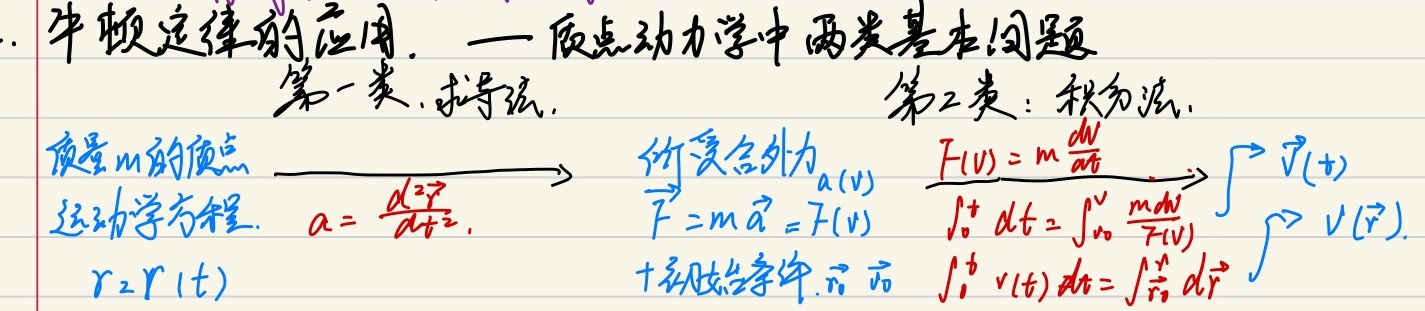
### 牛顿定律的应用——质点动力学中两类基本问题
1. **第一类：求导法**
2. **第二类：积分法**
质量 \(m\) 的质点运动学方程，\(a = \frac{d^{2}\vec{r}}{dt^{2}}\)，\(r = r(t)\)，所受合外力 \(a(v)\)，\(\vec{F}=m\vec{a}=F(v)\)，\(F(v)=m\frac{dv}{dt}\)。
\(\int_{0}^{t}dt=\int_{v_{0}}^{v}\frac{mdv}{F(v)}\)，加上初始条件\(\vec{r}_{0}\)、\(\vec{v}_{0}\)，\(\int_{0}^{t}v(t)dt=\int_{\vec{r}_{0}}^{\vec{r}}d\vec{r}\)，由此可得\(\vec{v}(t)\)，进而可得\(v(\vec{r})\)。